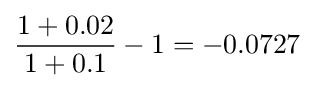
{\frac {1+0.02}{1+0.1}}-1=-0.0727